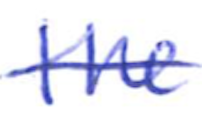
Text: the
Cross-out: single-line
Writing tool: ballpoint